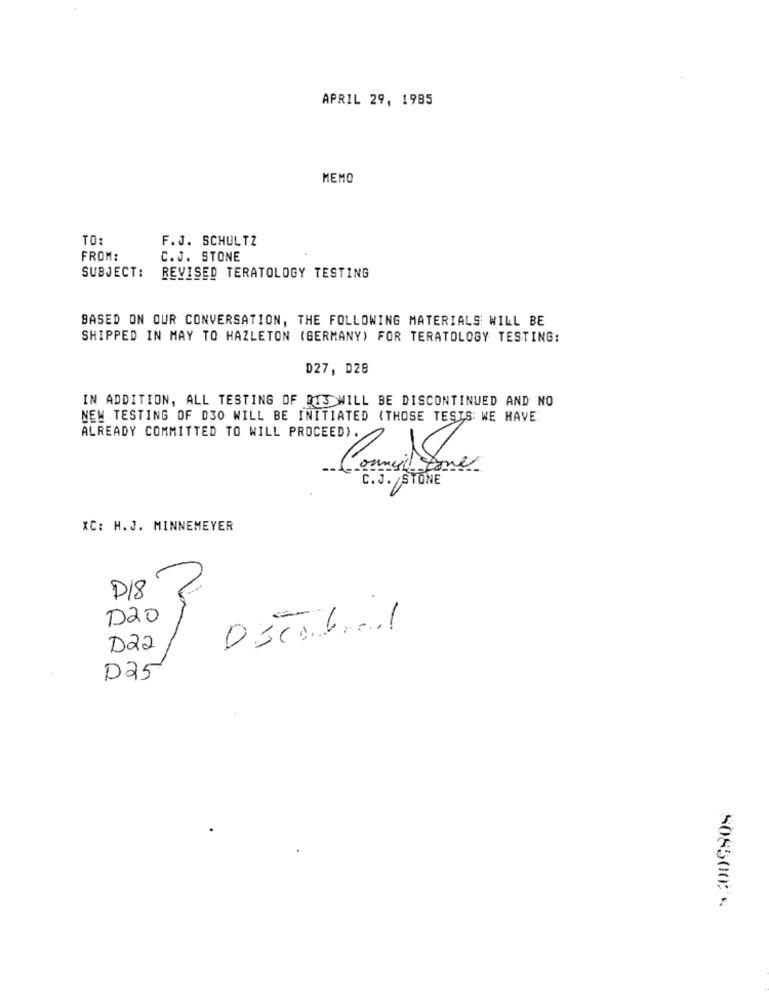
APRIL 29, 1985
MEMO
TO:
F.J. SCHULTZ
FROM:
C.J. STONE
SUBJECT:
REVISED TERATOLOGY TESTING
BASED ON OUR CONVERSATION, THE FOLLOWING MATERIALS WILL BE
SHIPPED IN MAY TO HAZLETON (GERMANY) FOR TERATOLOGY TESTING:
D27, D28
IN ADDITION, ALL TESTING OF 013 WILL BE DISCONTINUED AND NO
NEW TESTING OF D30 WILL BE INITIATED (THOSE TESTS: WE HAVE
ALREADY COMMITTED TO WILL PROCEED).
C.J. STONE
XC: H. J. MINNEMEYER
D18
Oscabral
D22
D25
9. 3
508500;